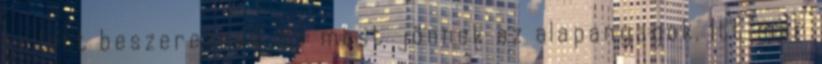
kellett beszerezned, de most jönnek az alapanyagok. Itt már